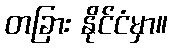
တခြား နိုင်ငံမှာ။